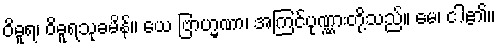
ဝိဓူရ၊ ဝိဓူရသုခမိန်။ ယေ ဗြာဟ္မဏာ၊ အကြင်ပုဏ္ဏားတို့သည်။ မေ၊ ငါ၏။